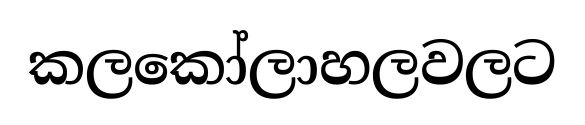
කලකෝලාහලවලට